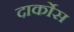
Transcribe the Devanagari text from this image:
दार्कोस